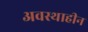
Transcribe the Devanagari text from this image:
अवस्थाहीन